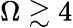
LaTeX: \Omega\gtrsim 4